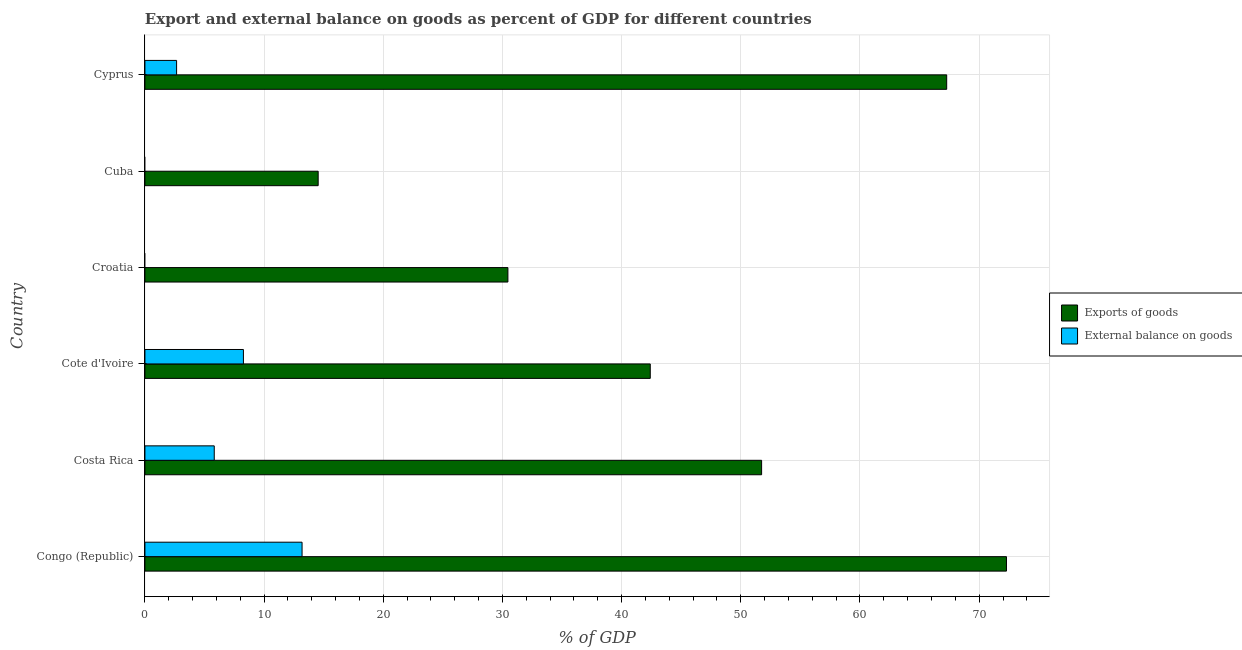
| Country | Exports of goods | External balance on goods |
 | --- | --- | --- |
 | Congo (Republic) | 72.3 | 13.2 |
 | Costa Rica | 51.7 | 5.82 |
 | Cote d'Ivoire | 42.4 | 8.26 |
 | Croatia | 30.5 | -6.05 |
 | Cuba | 14.5 | -2.79 |
 | Cyprus | 67.3 | 2.66 |